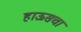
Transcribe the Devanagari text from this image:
हाऊसचा